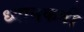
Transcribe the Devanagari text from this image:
ध्यानकर्षी